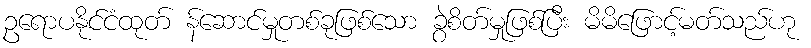
ဥရောပနိုင်ငံထုတ် န်ဆောင်မှုတစ်ခုဖြစ်သော ခွဲစိတ်မှုဖြစ်ပြီး မိမိဖြောင့်မတ်သည်ဟု